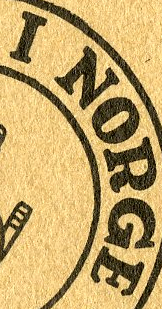
I NORGE